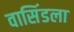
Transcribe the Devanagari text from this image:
वासिंडला